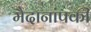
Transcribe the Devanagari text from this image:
मैदानांपकी